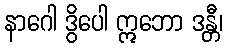
နာဂေါ ဒွိပေါ ဣဘော ဒန္တီ၊